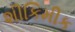
શીકિમીક